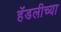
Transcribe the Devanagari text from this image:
हॅडलीच्या